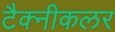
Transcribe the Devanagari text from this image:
टैक्नीकलर